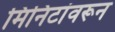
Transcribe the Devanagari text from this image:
मिनिटांवरून